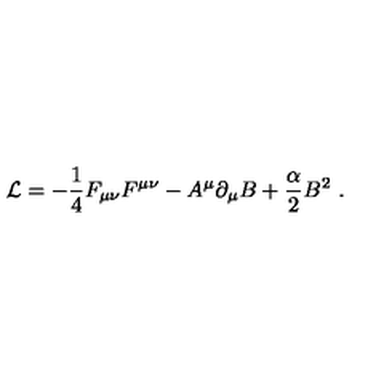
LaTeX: { \cal L } = - { \frac { 1 } { 4 } } F _ { \mu \nu } F ^ { \mu \nu } - A ^ { \mu } \partial _ { \mu } B + { \frac { \alpha } { 2 } } { B } ^ { 2 } \ .